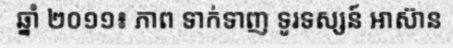
ឆ្នាំ ២០១១៖ ភាព ទាក់ទាញ ទូរទស្សន៍ អាស៊ាន